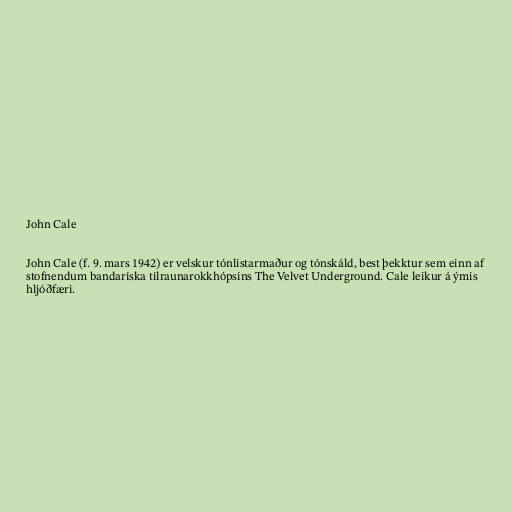
John Cale

John Cale (f. 9. mars 1942) er velskur tónlistarmaður og tónskáld, best þekktur sem einn af
stofnendum bandaríska tilraunarokkhópsins The Velvet Underground. Cale leikur á ýmis
hljóðfæri.